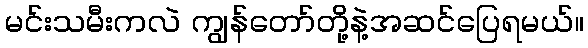
မင်းသမီးကလဲ ကျွန်တော်တို့နဲ့အဆင်ပြေရမယ်။